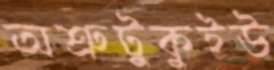
অশ্রুটুকুইউ